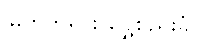
မြတ်ဘုရား ရွှေစည်းခုံ။